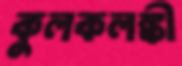
কুলকলঙ্কী